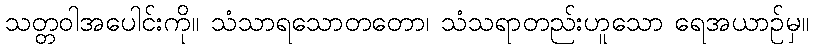
သတ္တဝါအပေါင်းကို။ သံသာရသောတတော၊ သံသရာတည်းဟူသော ရေအယာဉ်မှ။